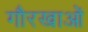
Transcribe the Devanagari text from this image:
गौरखाओं